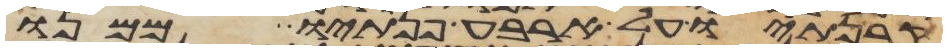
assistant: קרנתיו על ארבע פנתיו ממנו